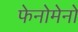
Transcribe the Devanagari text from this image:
फेनोमेनो